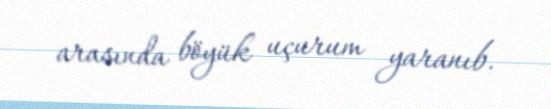
arasında böyük uçurum yaranıb.